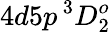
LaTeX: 4d5p\, ^{3}D_{2}^{o}